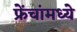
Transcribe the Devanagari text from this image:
फ्रेंचांमध्ये